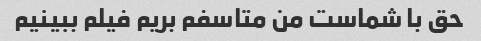
حق با شماست من متاسفم بریم فیلم ببینیم